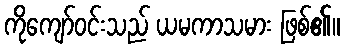
ကိုကျော်ဝင်းသည် ယမကာသမား ဖြစ်၏။